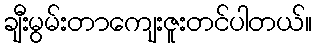
ချီးမွမ်းတာကျေးဇူးတင်ပါတယ်။